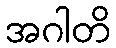
အဂါတိ